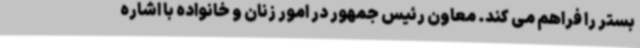
بستر را فراهم می کند. معاون رئیس جمهور در امور زنان و خانواده با اشاره